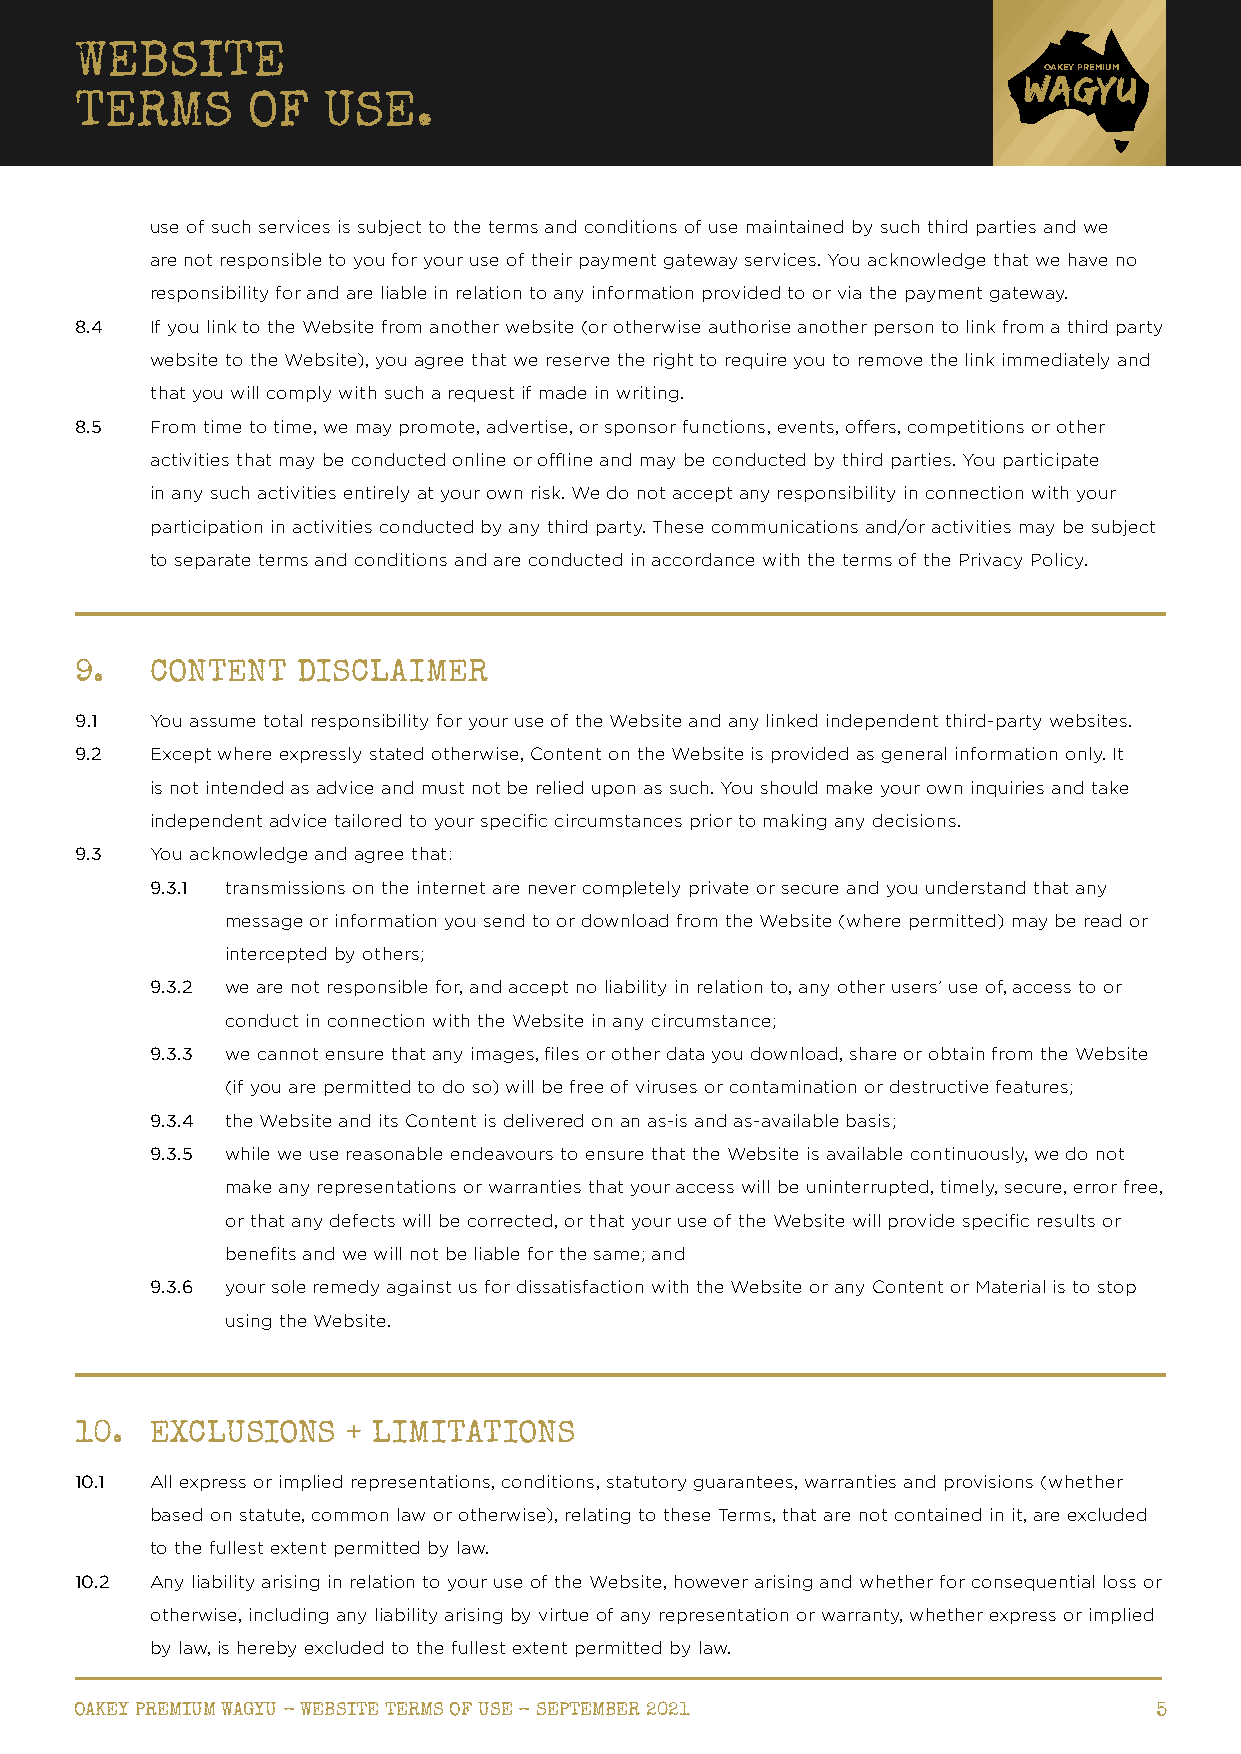
WEBSITE
 OAKEY PREMIUM
 TERMS      OF   USE.
 use of such services is subject to the terms and conditions of use maintained by such third parties and we
 are not responsible to you for your use of their payment gateway services. You acknowledge that we have no
 responsibility for and are liable in relation to any information provided to or via the payment gateway.
 8.4  If you link to the Website from another website (or otherwise authorise another person to link from a third party
 website to the Website), you agree that we reserve the right to require you to remove the link immediately and
 that you will comply with such a request if made in writing.
 8.5  From time to time, we may promote, advertise, or sponsor functions, events, offers, competitions or other
 activities that may be conducted online or offline and may be conducted by third parties. You participate
 in any such activities entirely at your own risk. We do not accept any responsibility in connection with your
 participation in activities conducted by any third party. These communications and/or activities may be subject
 to separate terms and conditions and are conducted in accordance with the terms of the Privacy Policy.
 9.   CONTENT   DISCLAIMER
 9.1  You assume total responsibility for your use of the Website and any linked independent third-party websites.
 9.2  E xcept where expressly stated otherwise, Content on the Website is provided as general information only. It
 is not intended as advice and must not be relied upon as such. You should make your own inquiries and take
 independent advice tailored to your specific circumstances prior to making any decisions.
 9.3  You acknowledge and agree that:
 9.3.1 transmissions on the internet are never completely private or secure and you understand that any
 message or information you send to or download from the Website (where permitted) may be read or
 intercepted by others;
 9.3.2 we are not responsible for, and accept no liability in relation to, any other users’ use of, access to or
 conduct in connection with the Website in any circumstance;
 9.3.3 we cannot ensure that any images, files or other data you download, share or obtain from the Website
 (if you are permitted to do so) will be free of viruses or contamination or destructive features;
 9.3.4 the Website and its Content is delivered on an as-is and as-available basis;
 9.3.5 while we use reasonable endeavours to ensure that the Website is available continuously, we do not
 make any representations or warranties that your access will be uninterrupted, timely, secure, error free,
 or that any defects will be corrected, or that your use of the Website will provide specific results or
 benefits and we will not be liable for the same; and
 9.3.6 your sole remedy against us for dissatisfaction with the Website or any Content or Material is to stop
 using the Website.
 10.  EXCLUSIONS   + LIMITATIONS
 10.1 A ll express or implied representations, conditions, statutory guarantees, warranties and provisions (whether
 based on statute, common law or otherwise), relating to these Terms, that are not contained in it, are excluded
 to the fullest extent permitted by law.
 10.2 Any liability arising in relation to your use of the Website, however arising and whether for consequential loss or
 otherwise, including any liability arising by virtue of any representation or warranty, whether express or implied
 by law, is hereby excluded to the fullest extent permitted by law.
 OAKEY PREMIUM WAGYU - WEBSITE TERMS OF USE - SEPTEMBER 2021            5